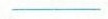
___